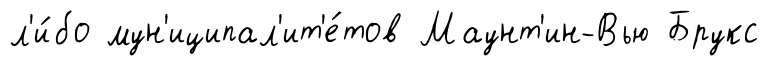
л'и́бо мун'иципал'ит'е́тов Маунт'ин-Вью Брукс